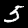
Label: 5